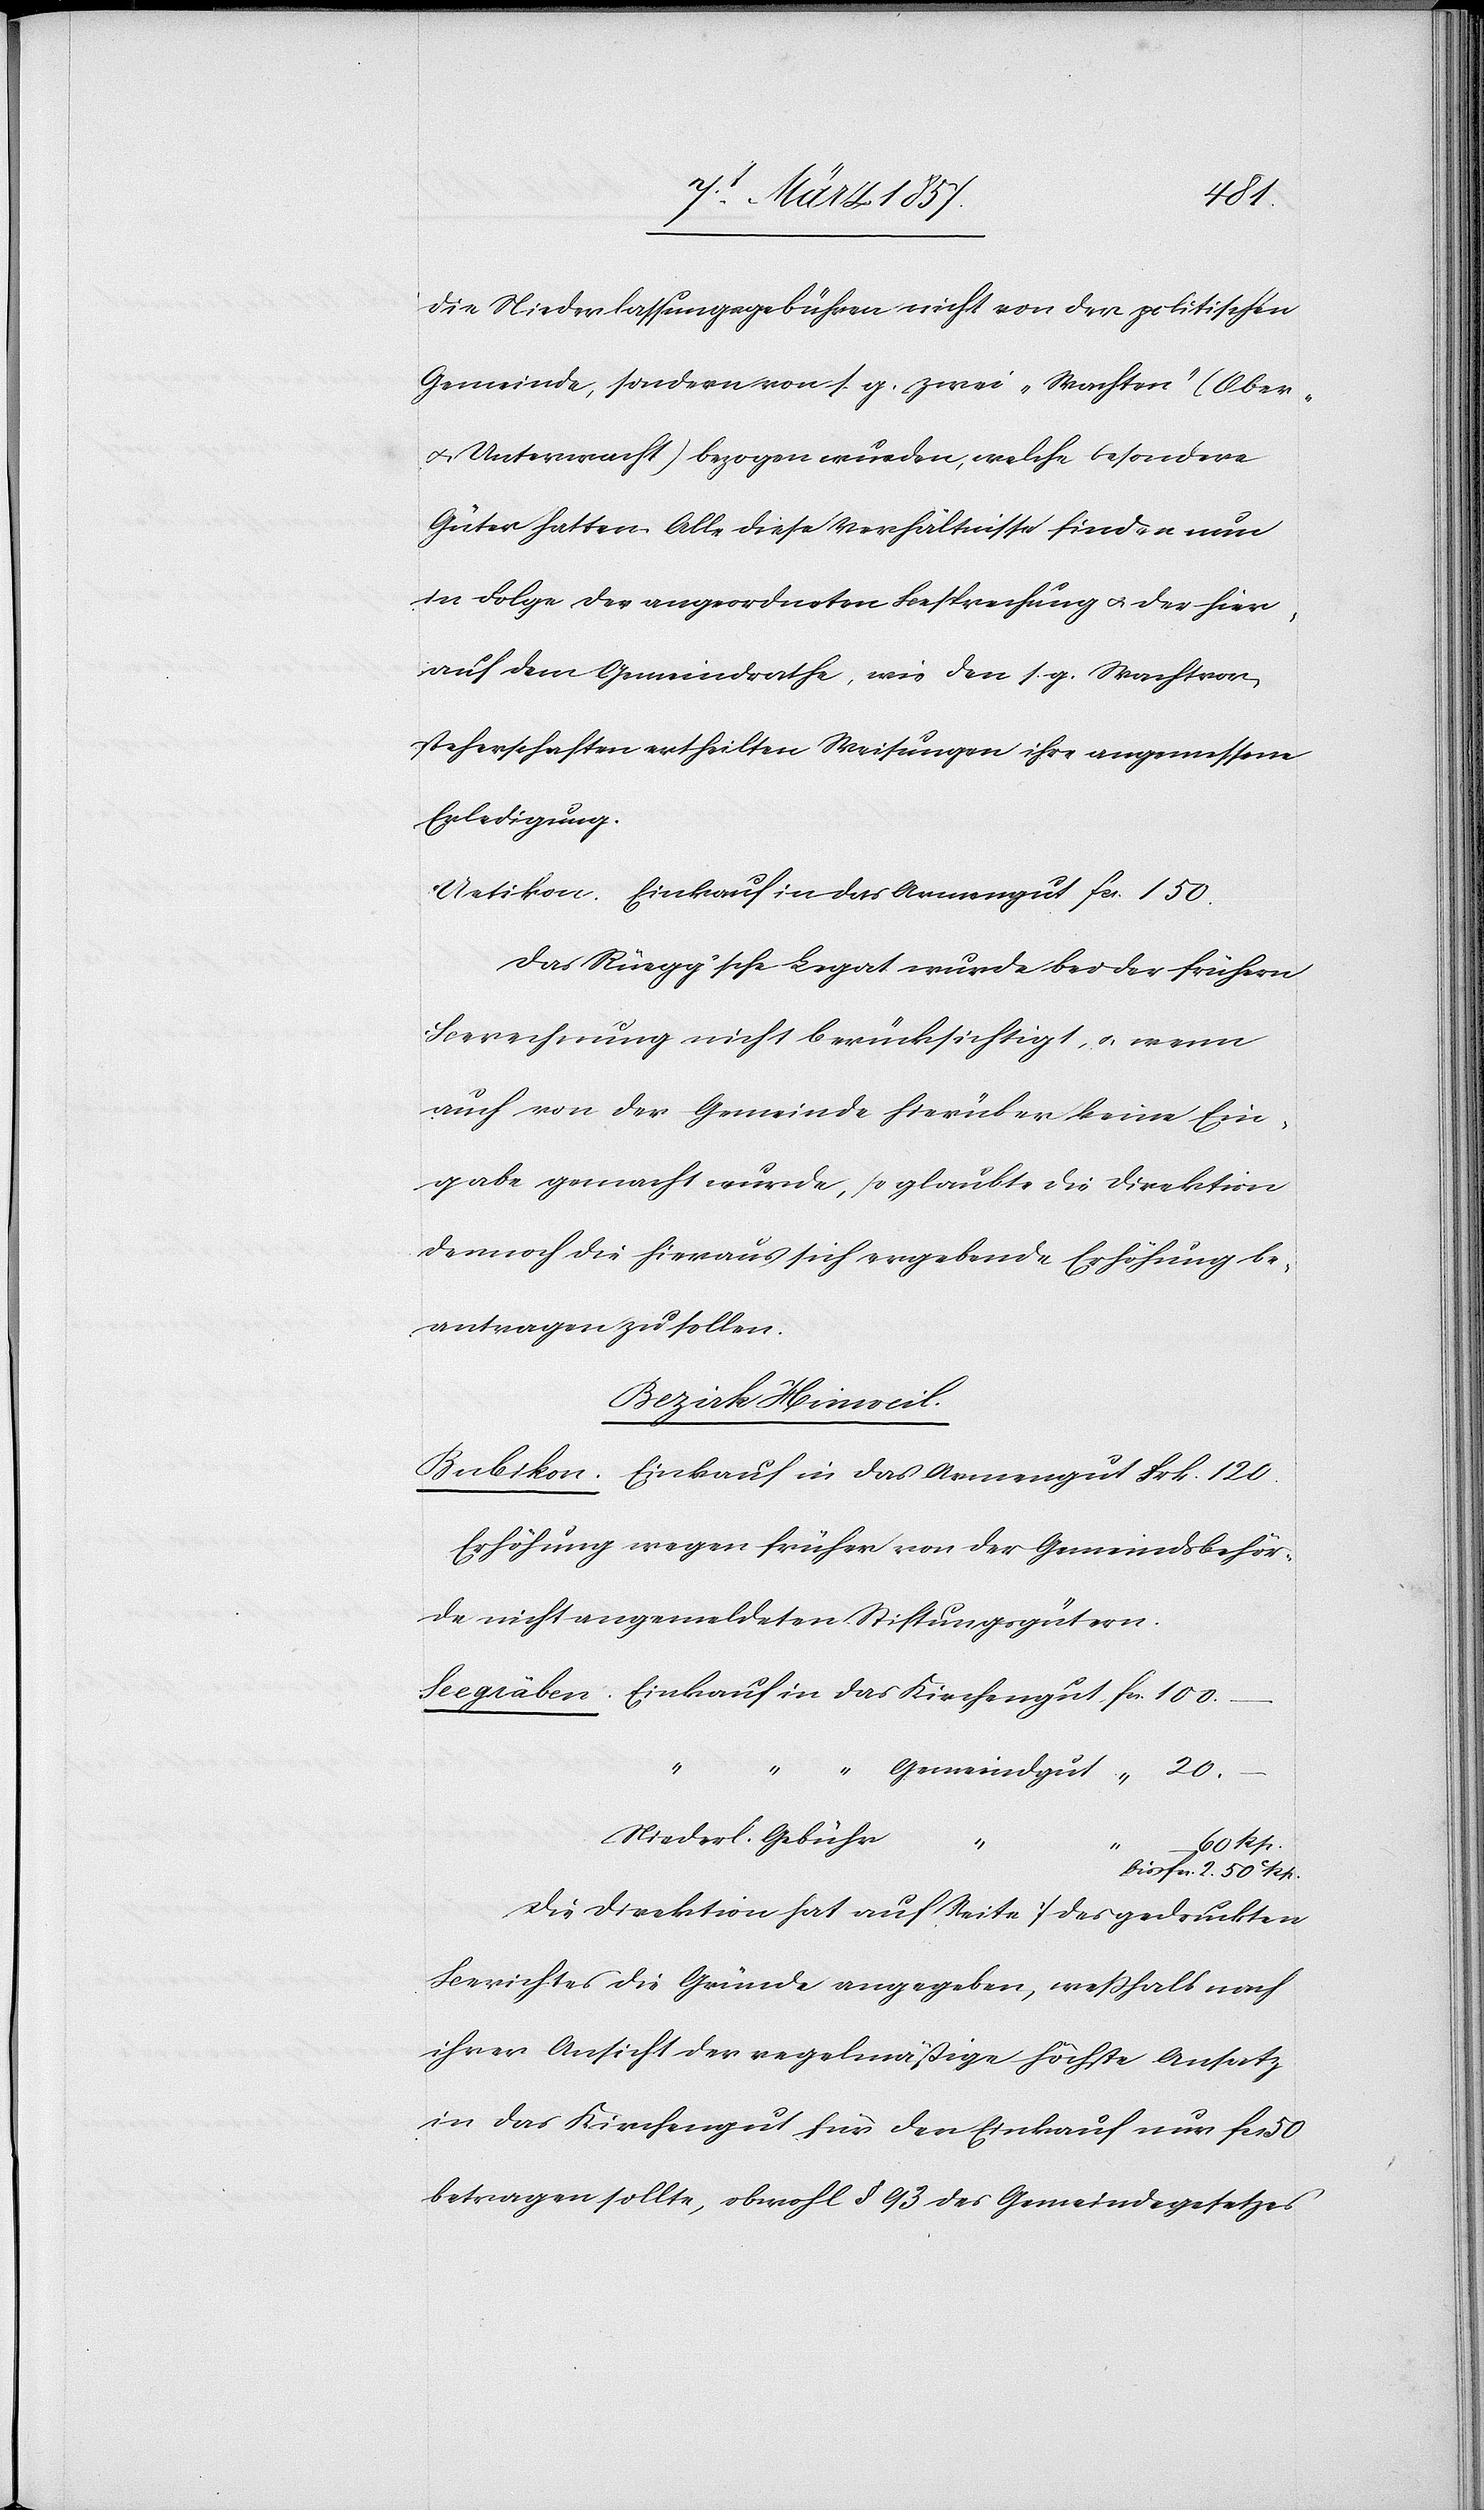
die Niederlassungsgebühren nicht von der politischen
Gemeinde, sondern von s. g. zwei „Wachten“ (Ober-
u. Unterwacht) bezogen wurden, welche besondere
Güter hatten. Alle diese Verhältnisse finden nun
in Folge der angeordneten Besprechung u. der hier¬
auf dem Gemeindrathe, wie den s. g. Wachtvor¬
steherschaften ertheilten Weisungen ihre angemessene
Erledigung.
Uetikon. Einkauf in das Armengut	fr. 150.
Das Rüegg’sche Legat wurde bei der frühern
Berechnung nicht berücksichtigt, u. wenn
auch von der Gemeinde hierüber keine Ein¬
gabe gemacht wurde, so glaubte die Direktion
dennoch die hieraus sich ergebende Erhöhung be¬
antragen zu sollen.
Bezirk. Hinweil.
Bubikon. Einkauf in das Armengut	Frk. 120.
Erhöhung wegen früher von der Gemeindsbehör¬
de nicht angemeldeten Stiftungsgütern.
Seegräben.	Einkauf in das Kirchengut.	fr. 100	(
“
“
“ Gemeindgut	 “
Niederl. Gebüh¬
r	(		60 Rp.
bis fr. 2. 50 C
Die Direktion hat auf Seite 7 des gedruckten
Berichtes die Gründe angegeben, weßhalb nach
ihrer Ansicht der regelmäßige höchste Ansatz
in das Kirchengut für den Einkauf nur fr.
betragen sollte, obwohl § 93 des Gemeindegesetzes